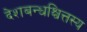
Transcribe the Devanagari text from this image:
देशबन्धश्चित्तस्य